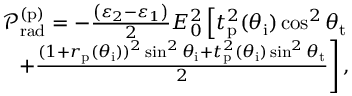
\begin{array} { r } { \mathcal { P } _ { \mathrm { r a d } } ^ { ( \mathrm { p } ) } = - \frac { \left( \varepsilon _ { 2 } - \varepsilon _ { 1 } \right) } { 2 } E _ { 0 } ^ { 2 } \left[ t _ { \mathrm { p } } ^ { 2 } ( \theta _ { \mathrm { i } } ) \cos ^ { 2 } \theta _ { \mathrm { t } } \right. } \\ { \left. + \frac { ( 1 + r _ { \mathrm { p } } ( \theta _ { \mathrm { i } } ) ) ^ { 2 } \sin ^ { 2 } \theta _ { \mathrm { i } } + t _ { \mathrm { p } } ^ { 2 } ( \theta _ { \mathrm { i } } ) \sin ^ { 2 } \theta _ { \mathrm { t } } } { 2 } \right] , } \end{array}